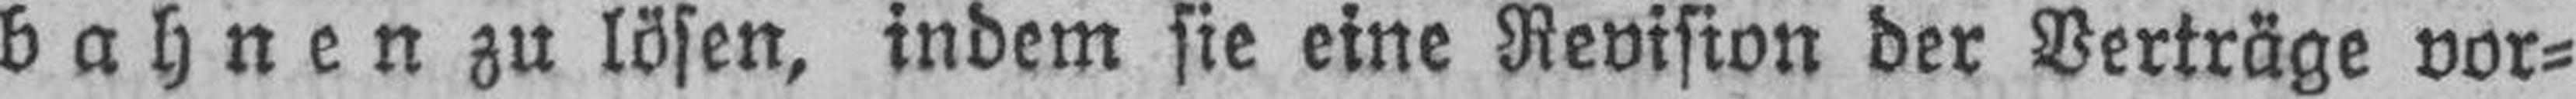
bahnen zu lösen, indem sie eine Revision der Verträge vor¬